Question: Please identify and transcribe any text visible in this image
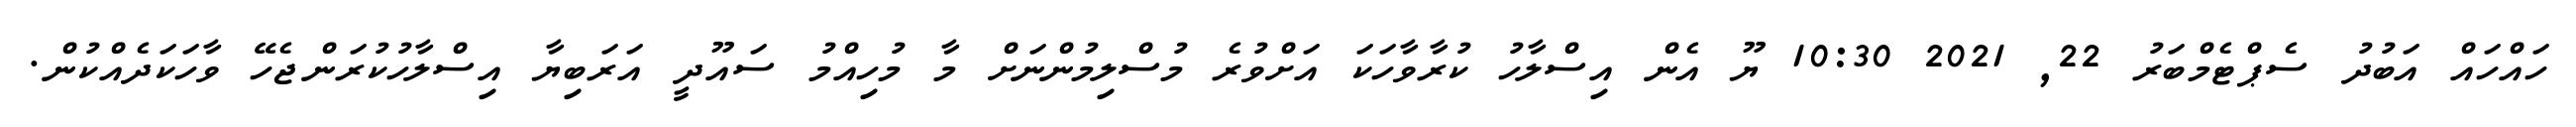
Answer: ހައްހައް އަބުދު ސެޕްޓެމްބަރު 22, 2021 10:30 ޔޫ އެން އިސްލާހު ކުރާވާހަކަ އަށްވުރެ މުސްލިމުންނަށް މާ މުހިއްމު ސައޫދީ އަރަބިޔާ އިސްލާހުކުރަންޖެހޭ ވާހަކަދެއްކުން.